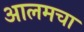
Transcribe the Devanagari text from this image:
आलमचा